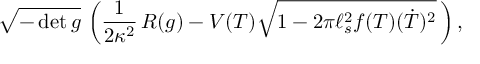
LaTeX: \sqrt { - \operatorname * { d e t } g } \, \left( { \frac { 1 } { 2 \kappa ^ { 2 } } } \, R ( g ) - V ( T ) \sqrt { 1 - 2 \pi \ell _ { s } ^ { 2 } f ( T ) ( \dot { T } ) ^ { 2 } } \, \right) ,